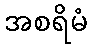
အစရိမံ